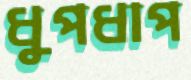
ধুপধাপ